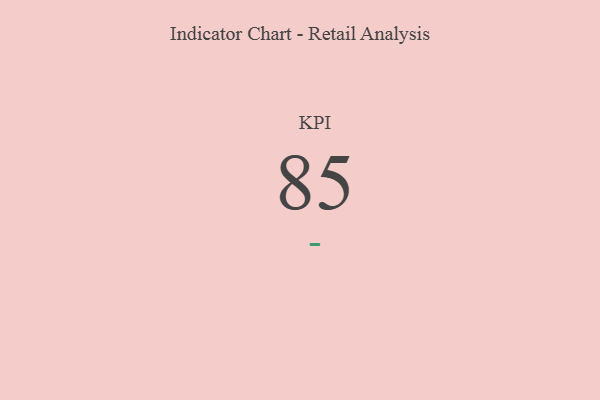
{"axis": {"x": "KPI", "y": "Value"}, "legend": [""], "data": [{"x": "KPI", "y": 85, "type": ""}]}